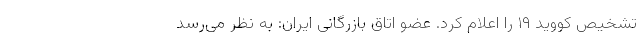
تشخیص کووید ۱۹ را اعلام کرد. عضو اتاق بازرگانی ایران: به نظر می‌رسد